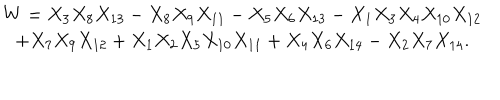
\begin{array} { c } { { W = X _ { 3 } X _ { 8 } X _ { 1 3 } - X _ { 8 } X _ { 9 } X _ { 1 1 } - X _ { 5 } X _ { 6 } X _ { 1 3 } - X _ { 1 } X _ { 3 } X _ { 4 } X _ { 1 0 } X _ { 1 2 } } } \\ { { + X _ { 7 } X _ { 9 } X _ { 1 2 } + X _ { 1 } X _ { 2 } X _ { 5 } X _ { 1 0 } X _ { 1 1 } + X _ { 4 } X _ { 6 } X _ { 1 4 } - X _ { 2 } X _ { 7 } X _ { 1 4 } . } } \\ \end{array}